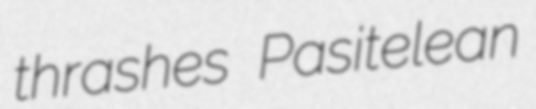
thrashes Pasitelean